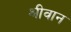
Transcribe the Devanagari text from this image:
श्रीवान